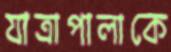
যাত্রাপালাকে